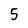
Character: 5